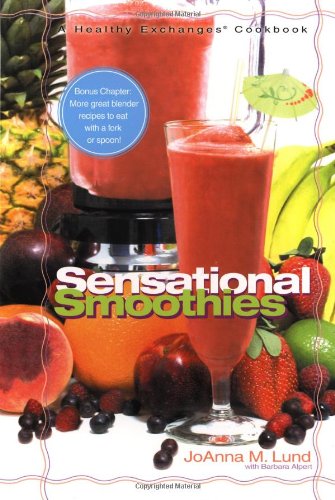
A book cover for Sensational Smoothies (A Healthy Exchanges Cookbook); JoAnna M. Lund; Cookbooks, Food & Wine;